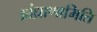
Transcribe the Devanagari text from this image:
आंध्राणामिति